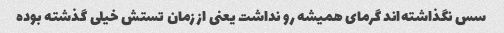
سس نگذاشته‌اند گرمای همیشه رو نداشت یعنی از زمان تستش خیلی گذشته بوده